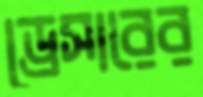
ড্রেসারের